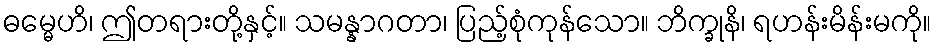
ဓမ္မေဟိ၊ ဤတရားတို့နှင့်။ သမန္နာဂတာ၊ ပြည့်စုံကုန်သော။ ဘိက္ခုနိ၊ ရဟန်းမိန်းမကို။